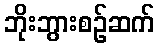
ဘိုးဘွားစဉ်ဆက်